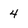
Character: 4